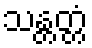
သန္တတ္တံ